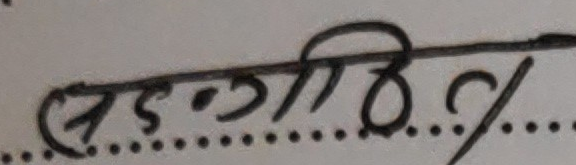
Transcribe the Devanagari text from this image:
संगीति %